King Institute of Preventive Medicine Micro-Biological Section reports 1909-11
Year: 1909
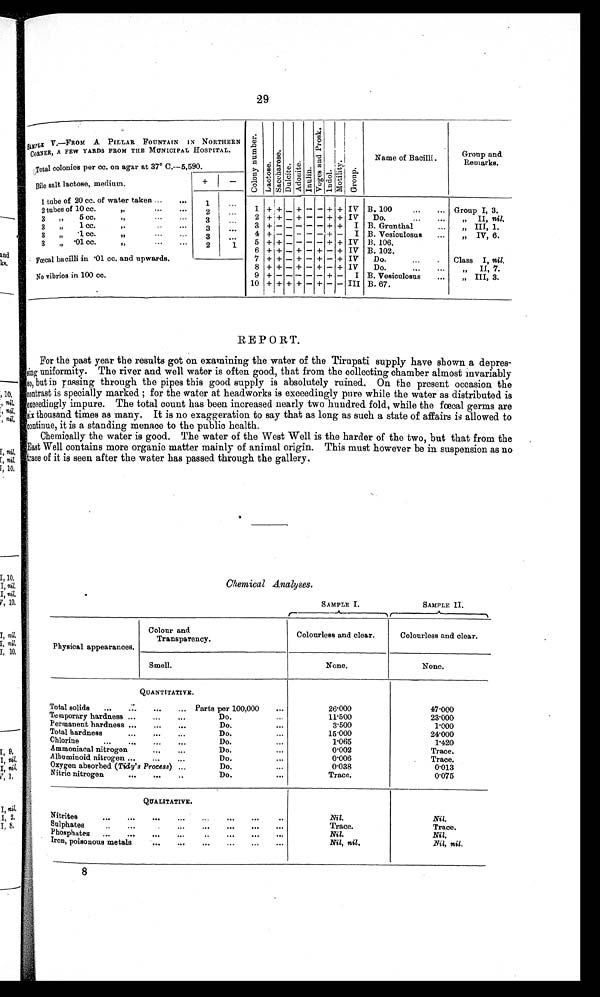
SAMPLE V.—FROM A PILLAR FOUNTAIN IN NORTHERN
CORNER, A FEW YARDS FROM THE MUNICIPAL HOSPITAL.
C o l o n y n u m b e r .
L a c t o s e .
S a c c h a r o s e .
D u l c i t e .
A d o n i t e .
I n u l i n .
V o g e s a n d P r o s k .
I n d o l .
M o t i l i t y .
G r o u p .
Name of Bacilli.
Group and
Remarks.
Total colonies per cc. on agar at 37° C.—5,590.
Bile salt lactose, medium.
+
-
1 tube of 20 cc. of water taken
1
1
+ + - + - - +
+
I V
B. 100
Group I, 3.
2 tubes of 10 cc. of water taken
2
2
+ + - + - - + + IV Do.
Group II, nil.
3 tubes of 5 cc. of water taken
3
3
+ - - - - - + + I B. Grunthal
Group III, 1.
3tubes of 1 cc. of water taken
3
4
+ - - - - - + - I B. Vesiculosus
Group IV, 6.
3tubes of ·1 cc. of water taken
3
5
+ + - - - - + + IV B. 106.
3 tubes of ·01 cc. of water taken
1
2
6
+ + - + - + - + IV B.102.
Fœcal bacilli in ·01 cc. and upwards.
7 + + - + - + - + IV
Do.
Class I, nil.
8
+ + - + - + - + IV
Do.
Class II, 7.
9
+ - - - - - + -
I B. Vesiculosus
Class III, 3.
No vibrios in 100 cc.
1 0
+ + + + - + - - III B.67.
REPORT.
For the past year the results got on examining the water of the Tirupati supply have shown a depres
- s i n g u n i f o r m i t y . T h e r i v e r a n d w e l l w a t e r i s o f t e n g o o d , t h a t f r o m t h e c o l l e c t i n g c h a m b e r a l m o s t i n v a r i a b l y
so, but in rassing through the pipes this good supply is absolutely ruined. On the present occasion the
c ont r a s t i s s pe c i a l l y ma r ke d ; f or t he wa t e r a t he a dwor ks i s e xc e e di ngl y pur e whi l e t he wa t e r a s di s t r i but e d i s
exceedingly impure. The total count has been increased nearly two hundred fold, while the fœcal germs are
.six thousand times as many. It is no exaggeration to say that as long as such a state of affairs is allowed to
continue, it is a standing menace to the public health.
Chemically the water is good. The water of the West Well is the harder of the two, but that from the
East Well contains more organic matter mainly of animal origin. This must however be in suspension as no
race of it is seen after the water has passed through the gallery.
Chemical Analyses.
SAMPLE I.
SAMPLE II .
Physical appearances.
Colour and
Transparency.
Colourless and clear.
Colourless and clear.
Smell.
None.
None.
QUANTITATIVE.
Total solids
Parts per 100,000
26·000
47·000
Temporary hardness
Do.
1 1 · 5 0 0
23·000
Permanent hardness
Do.
3 · 5 0 0
1·000
Total hardness
Do.
15.000
24·000
Chlorine
Do.
1 · 0 6 5
1·420
Ammoniacal nitrogen
Do.
0 · 0 0 2
Trace.
Albuminoid nitrogen
Do.
0 · 0 0 6
Trace.
Oxygen absorbed ( Tidy's Process)
Do.
0 · 0 3 8
0·013
Nitric nitrogen
Do.
T r a c e .
0·075
QUALITATIVE.
Nitrites
N i l
N i l
Sulphates
Trace.
Trace.
Phosphates
Nil.
Nil.
Iron, poisonous metals
Nil, nil.
N i l , n i l .